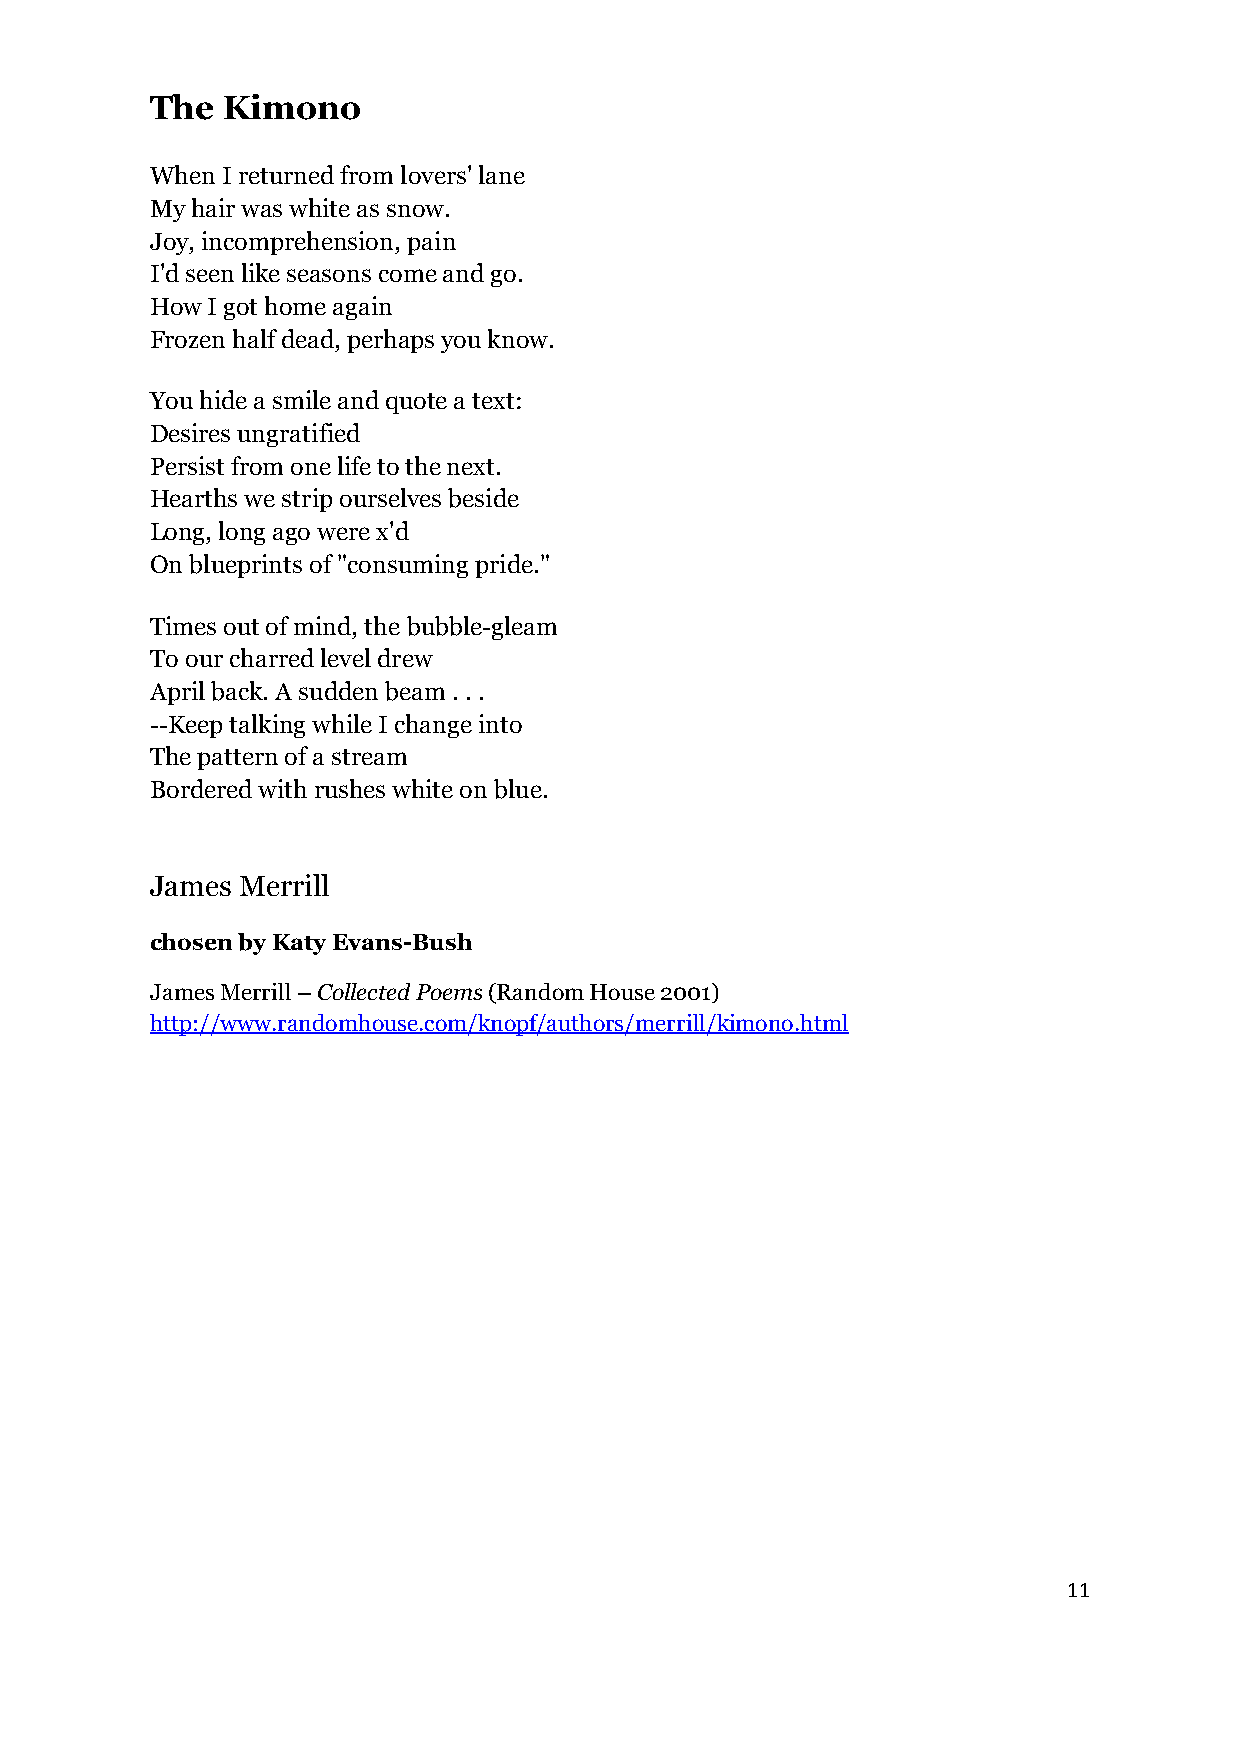
The  Kimono
 When I returned from lovers' lane
 My hair was white as snow.
 Joy, incomprehension, pain
 I'd seen like seasons come and go.
 How I got home again
 Frozen half dead, perhaps you know.
 You hide a smile and quote a text:
 Desires ungratified
 Persist from one life to the next.
 Hearths we strip ourselves beside
 Long, long ago were x'd
 On blueprints of "consuming pride."
 Times out of mind, the bubble-gleam
 To our charred level drew
 April back. A sudden beam . . .
 --Keep talking while I change into
 The pattern of a stream
 Bordered with rushes white on blue.
 James Merrill
 chosen by Katy Evans-Bush
 James Merrill – Collected Poems (Random House 2001)
 http://www.randomhouse.com/knopf/authors/merrill/kimono.html
 11